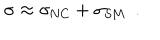
\sigma \approx \sigma _ { \mathrm { N C } } + \sigma _ { \mathrm { S M } } \, \, \, .